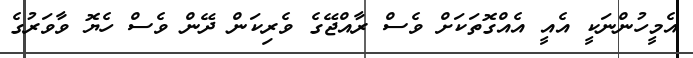
އެމީހުންނަކީ އެއީ އެއްގޮތަކަށް ވެސް ރާއްޖޭގެ ވެރިކަން ދޭން ވެސް ހެޔޮ ވާވަރުގެ